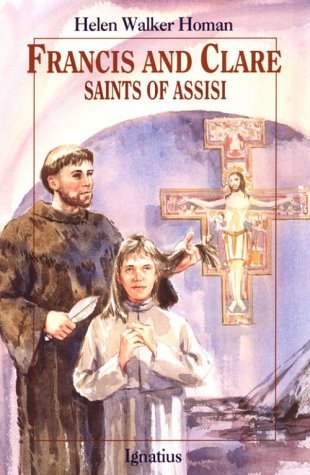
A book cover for Francis and Clare: Saints of Assisi (Vision Books); Helen W. Homan; Teen & Young Adult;